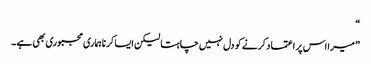
“
” میرا اس پر اعتماد کرنے کو دل نہیں چاہتا لیکن ایسا کرنا ہماری مجبوری بھی ہے ۔